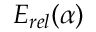
E _ { r e l } ( \alpha )